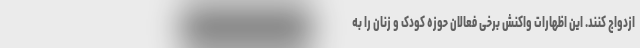
ازدواج کنند. این اظهارات واکنش برخی فعالان حوزه کودک و زنان را به